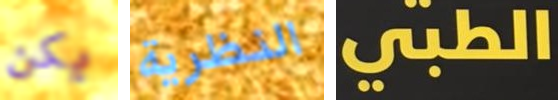
يكن النظرية الطبي